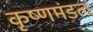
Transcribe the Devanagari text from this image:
कृष्णमंडल